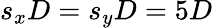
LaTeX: s_{x}D=s_{y}D=5D